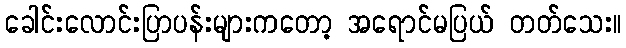
ခေါင်းလောင်းပြာပန်းများကတော့ အရောင်မပြယ် တတ်သေး။